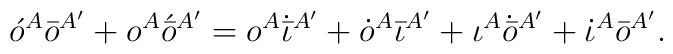
\acute{o}^A\bar{o}^{A'} + o^A\acute{\bar{o}}{}^{A'} =o^A\dot{\bar{\iota}}{}^{A'} + \dot{o}^A\bar{\iota}{}^{A'} +\iota^A\dot{\bar{o}}{}^{A'} + \dot{\iota}^A\bar{o}{}^{A'}.